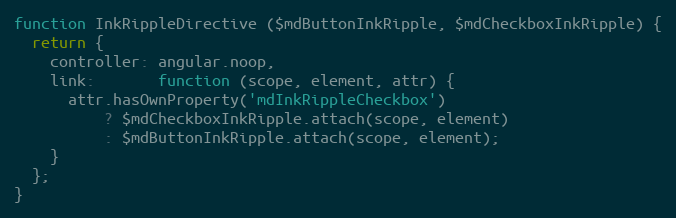
Language: JavaScript
function InkRippleDirective ($mdButtonInkRipple, $mdCheckboxInkRipple) {
  return {
    controller: angular.noop,
    link:       function (scope, element, attr) {
      attr.hasOwnProperty('mdInkRippleCheckbox')
          ? $mdCheckboxInkRipple.attach(scope, element)
          : $mdButtonInkRipple.attach(scope, element);
    }
  };
}